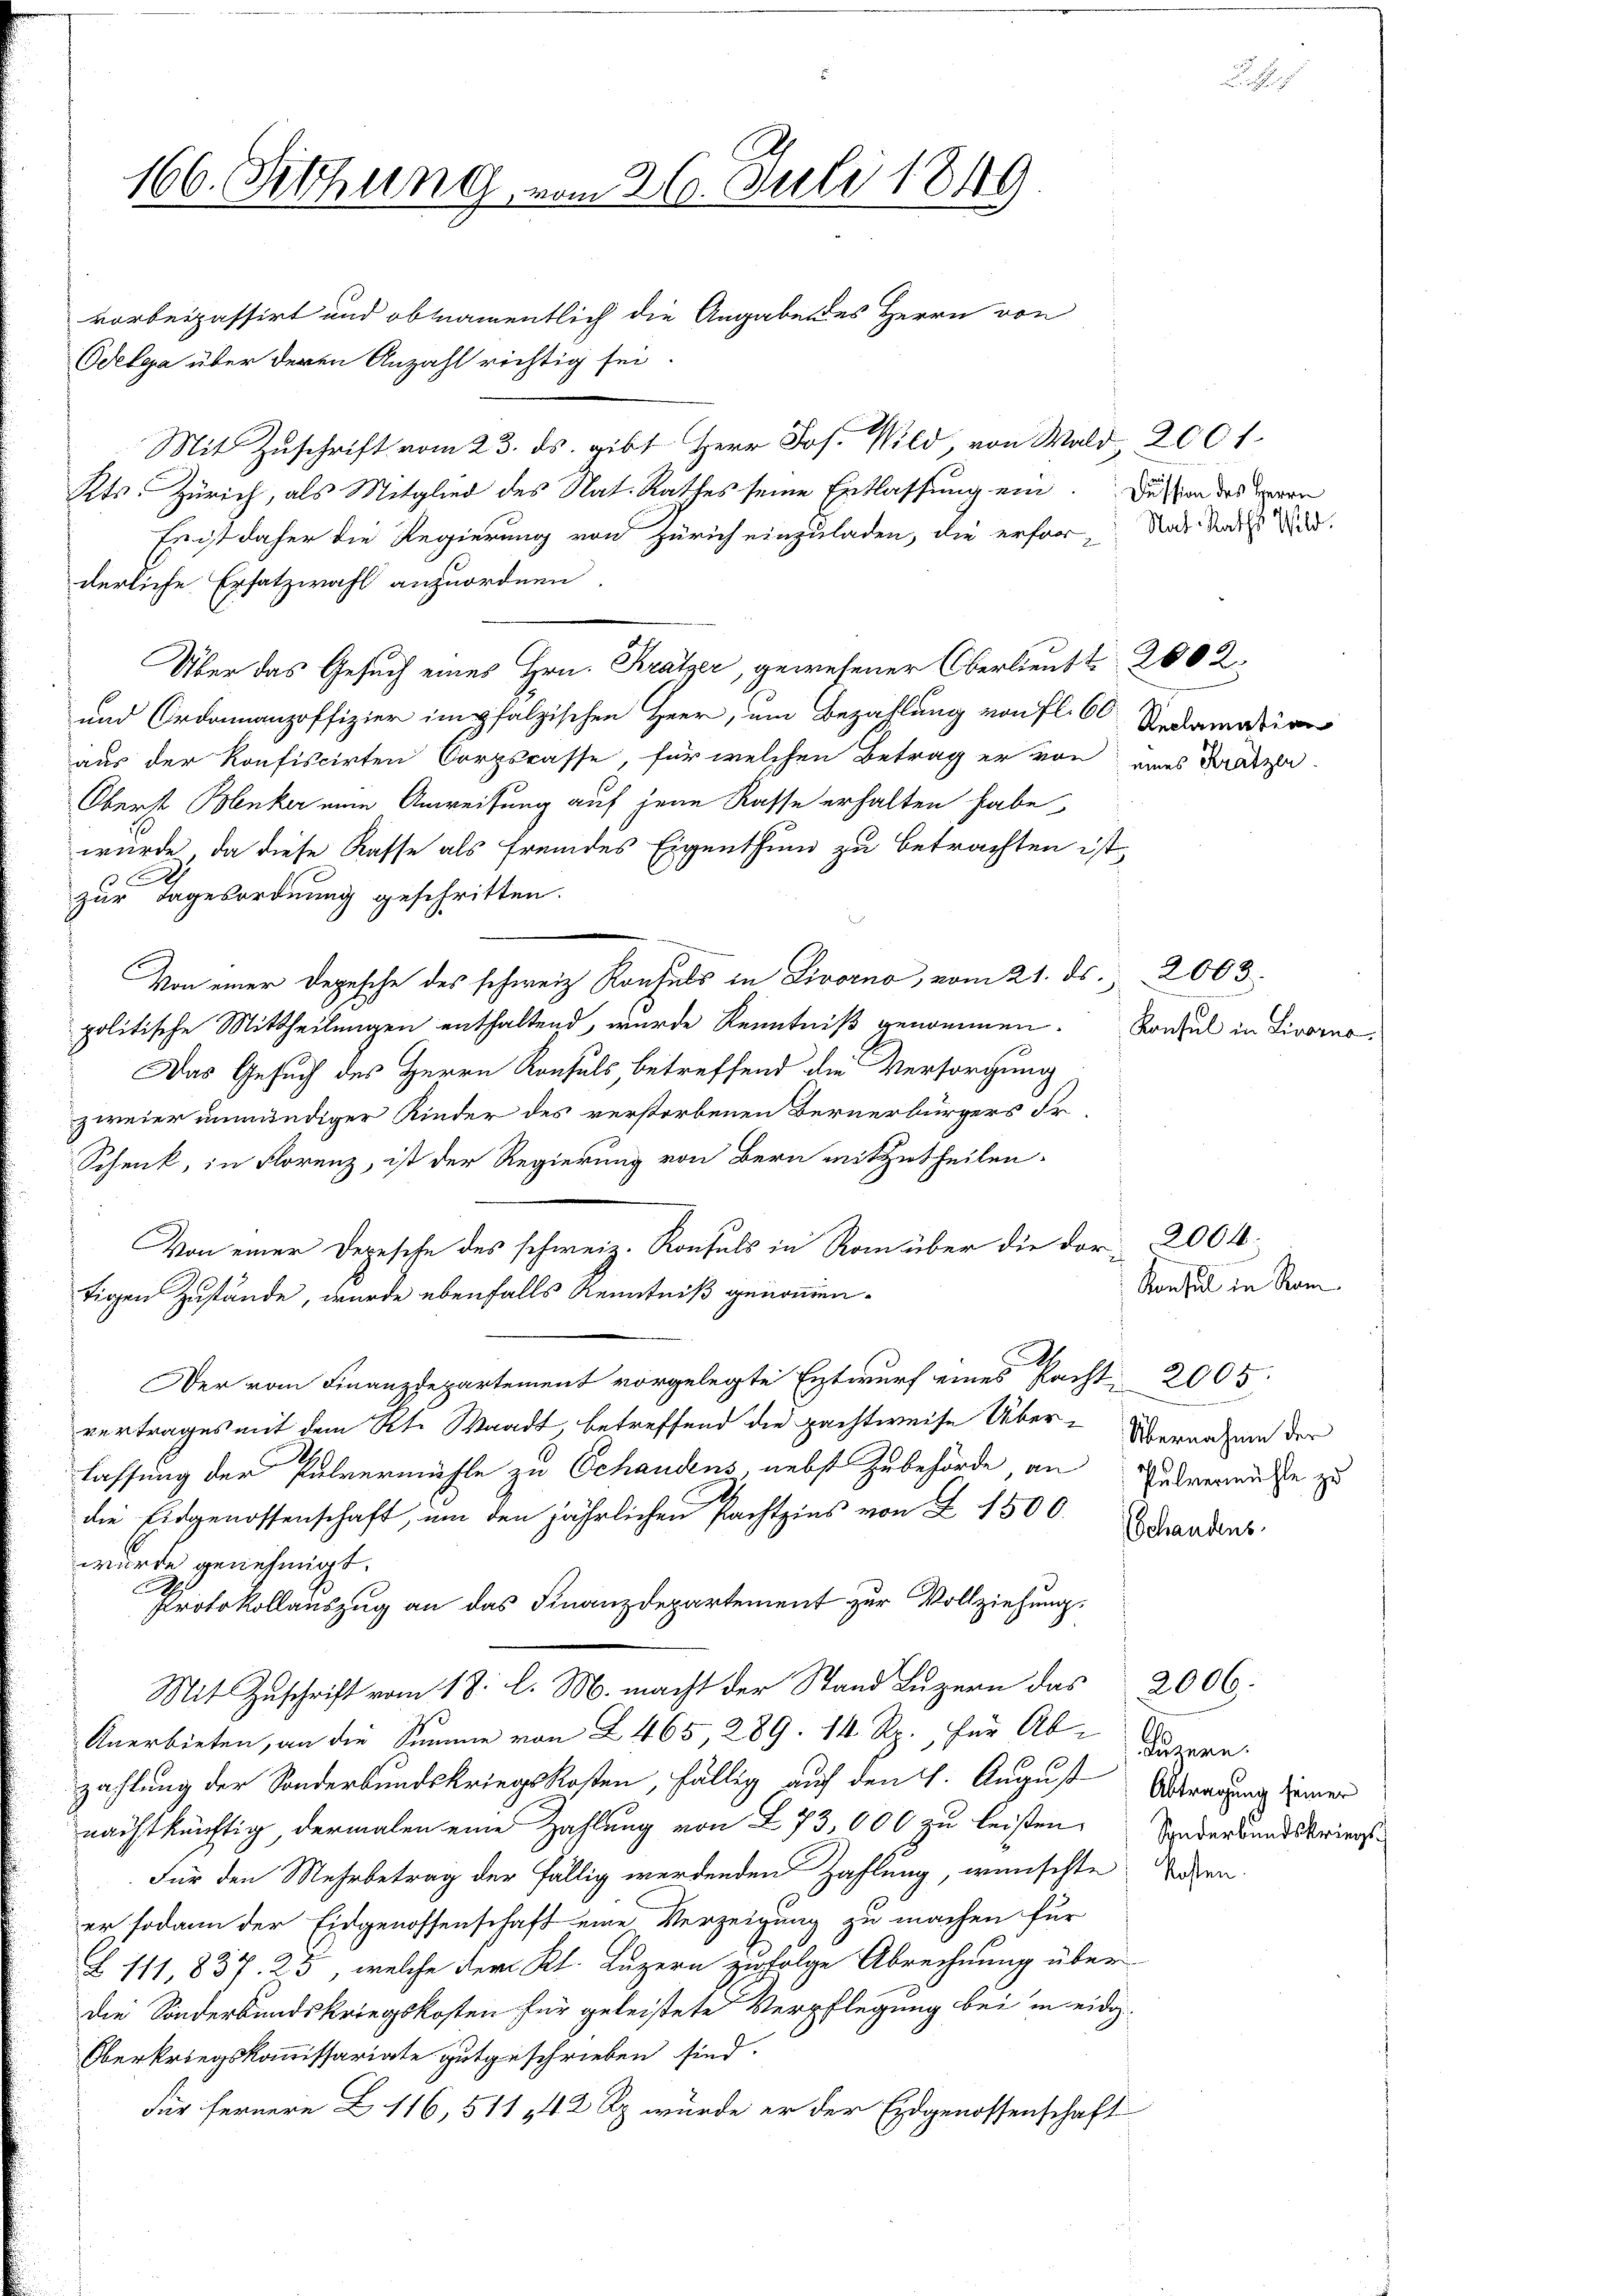
166. Fethung vom 26. Juli 1849
vorbeipassirt und obtamentlich die Angabendes Herrn von

Odelga über deren Anzahl richtig sei.
Mit Zuschrift vom 23. ds. gibt Herr Jos. Wild, von Wald 2001
Kts. Zürich, als Mitglied des Nat. Rathes seine Entlassung ein
Er ist daher die Regierung von Zürich einzuladen, die erfor- Was dass dur
derliche Ersatzwahl anzuordnen
Über das Gesuch eines Hrn. Krätzer, gewesener Oberlieutt 200 2
und Ordonnanzoffizier im pfalzischen Heer, um Bezahlung von fl. 60 Sedamation
aus der Konfiscirten Corpskasse, für welchen Betrag er von eines Katzen.
Oberst Benker eine Anweisung auf jene Rasse erhalten habe,
würde, da diese Kasse als fremdes Eigenthum zu betrachten ist
C
zur Tagesordnung geschritten.
Von einer Depesche des schweiz. Konsuls in Livorno, vom 21. ds. 2003.
politische Mittheilungen enthaltend, wurde Kenntniß genommen.
Das Gesuch des Herrn Konsuls, betreffend die Versorgung
zweier unmündiger Kinder des verstorbenen Bernerbürgers Fr
Schenk, in Florenz, ist der Regierung von Bern mitzutheilen.
s
Von einer Depesche des schweiz. Konsuls in Rom über die der 2004
tigen Zustände, wurde ebenfalls Kenntniß genommen.
Der vom Finanzdepartement vorgelegte Entwurf eines Pacht 2005.
vertrages mit dem Kt. Waadt, betreffend die pachtweise Über- Überanden der
lassung der Pulvermähle zu Schandens nebst Zubehörde, an Andernisse zu
die Eidgenossenschaft, um den jährlichen Pachtzins von Z 1500.
wurde genehmigt.
Protokollauszug an das Finanzdepartement zur Vollziehung.
Mit Zuschrift vom 18. l. M. macht der Stand Luzern das
Anerbieten, an die Summe von I 465, 289. 14. Rp. für Ab- Lazare
zahlung der Sonderbundskriegskosten, fällig auf den 1. August Antragung seiner
nächstkünftig, dermalen eine Zahlung von 273,000 zu leisten. Anderbandskriegs
Für den Mehrbetrag der fällig werdenden Zahlung, wünschte Sachen
er sodann der Eidgenossenschaft eine Verzeigung zu machen für
Z 111,837. 25, welche der Kl. Luzern zufolge Abrechnung über
die Sonderbundskriegskosten für geleistete Verpflegung bei in eidg.
Oberkriegskommissariate gutgeschrieben sind.
Für fernere Z. 116, 511 442 Rp. wurde er der Eidgenossenschaft

Dussion des Herrn

Konsul in Livorno.

2006.

Konsul in Ram
chandens.